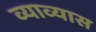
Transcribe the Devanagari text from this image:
व्याव्यास